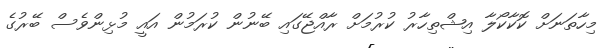
މިހާތަނަށް ކޮކާކޯލާ އިޝްތިހާރު ކުރުމަށް ރާއްޖޭގައި ބޭނުން ކުރަމުން އައީ މުޅިންވެސް ބޭރުގެ